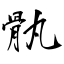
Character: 骫